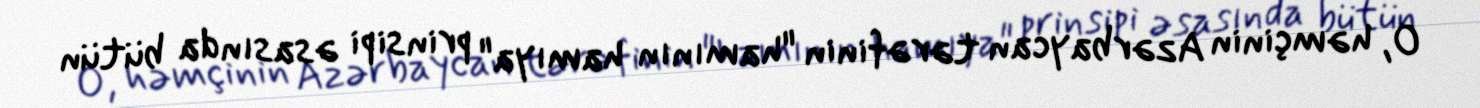
O, həmçinin Azərbaycan tərəfinin "hamının hamıya" prinsipi əsasında bütün